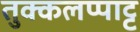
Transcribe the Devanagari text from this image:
तुक्कलप्पाट्ट